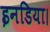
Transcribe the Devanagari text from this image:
इनडिया।